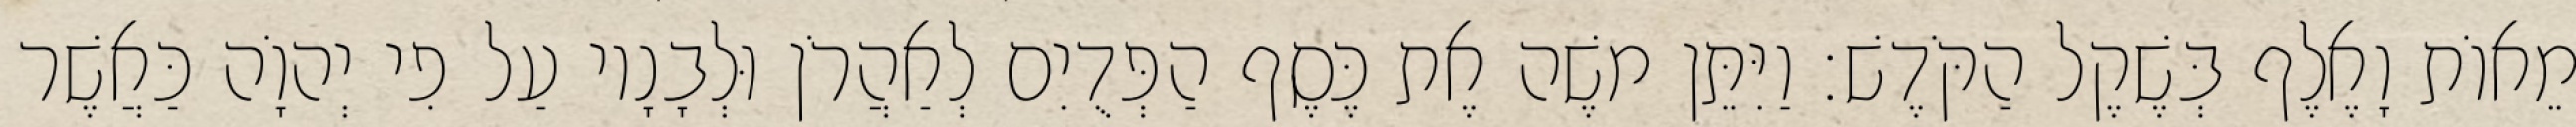
מֵאוֹת וָאֶלֶף בְּשֶׁקֶל הַקֹּדֶשׁ׃ וַיִּתֵּן משֶׁה אֶת כֶּסֶף הַפְּדֻיִם לְאַהֲרֹן וּלְבָנָיו עַל פִי יְהוָֹה כַּאֲשֶׁר